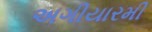
અગીયારમી